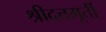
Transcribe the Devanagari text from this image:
श्रीदत्तमूर्ती